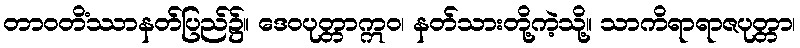
တာဝတိံဿာနတ်ပြည်၌။ ဒေဝပုတ္တာဣဝ၊ နတ်သားတို့ကဲ့သို့။ သာကိရာရာဇပုတ္တာ၊